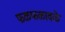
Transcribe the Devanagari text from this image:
फळफळावळे